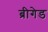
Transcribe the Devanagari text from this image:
ब्रीगेड